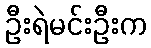
ဦးရဲမင်းဦးက